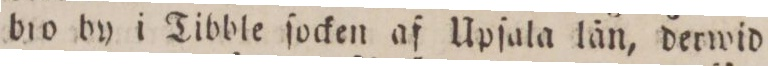
bro by i Tibble ſocken af Upſala län, derwid